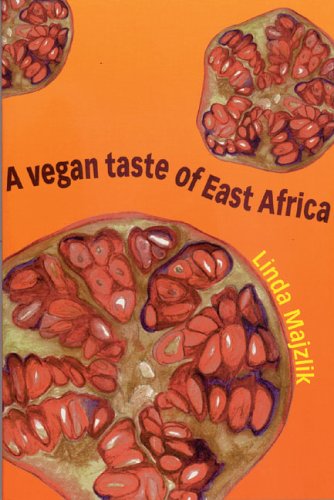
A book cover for A Vegan Taste of East Africa (Vegan Cookbooks); Linda Majzlik; Cookbooks, Food & Wine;